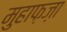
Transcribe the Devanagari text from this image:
मुहाफ़ज़ा